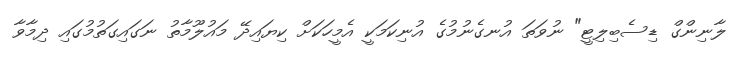
ލާނިންގް ޑިސެބިލިޓީ" ނުވަތަ އުނގެނުމުގެ އުނިކަމަކީ އެމީހަކަށް ކިޔައިދޭ މައުލޫމާތު ނަގައިގަތުމުގައި ދިމާވާ